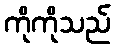
ကိုကိုသည်